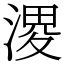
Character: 溭